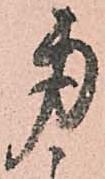
身